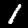
Label: 1